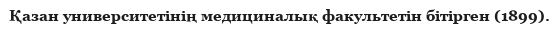
Қазан университетінің медициналық факультетін бітірген (1899).